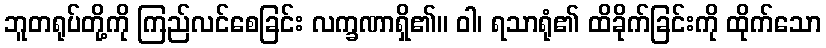
ဘူတရုပ်တို့ကို ကြည်လင်စေခြင်း လက္ခဏာရှိ၏။ ဝါ၊ ရသာရုံ၏ ထိခိုက်ခြင်းကို ထိုက်သော